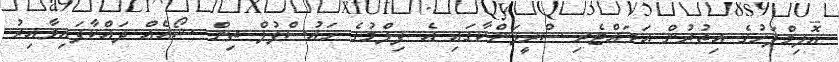
އޮލިމްޕަހުގެ އިތުރުން އަވައްޓެރި ސްރީލަންކާގައި އެ ފިލްމުގެ ހައުސްފުލް ތިން ޝޯއެއް ދައްކާފައިވާއިރު